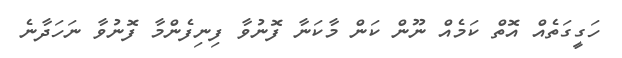
ހަގީގަތެއް އޮތް ކަމެއް ނޫން ކަން މާކަނާ ފޮނުވާ ފިނިފެންމާ ފޮނުވާ ނަހަދާނެ